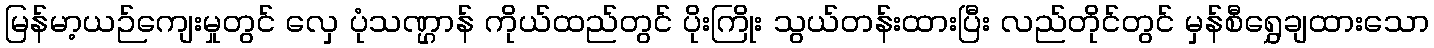
မြန်မာ့ယဉ်ကျေးမှုတွင် လှေ ပုံသဏ္ဌာန် ကိုယ်ထည်တွင် ပိုးကြိုး သွယ်တန်းထားပြီး လည်တိုင်တွင် မှန်စီရွှေချထားသော